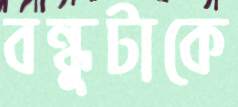
বন্ধুটাকে